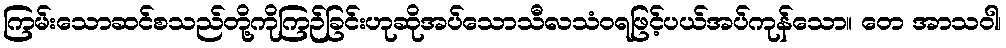
ကြမ်းသောဆင်စသည်တို့ကိုကြဉ်ခြင်းဟုဆိုအပ်သောသီလသံဝရဖြင့်ပယ်အပ်ကုန်သော။ တေ အာသဝါ၊